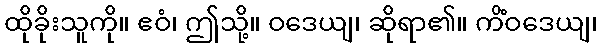
ထိုခိုးသူကို။ ဧဝံ၊ ဤသို့။ ဝဒေယျ၊ ဆိုရာ၏။ ကိံဝဒေယျ၊